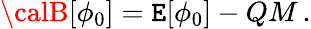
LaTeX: {\calB}[\phi_{0}]={\cal\mathtt{E}}[\phi_{0}]-QM\, .